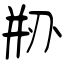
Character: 剙